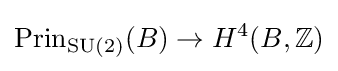
\operatorname {Prin} _{\operatorname {SU} (2)}(B)\rightarrow H^{4}(B,\mathbb {Z} )